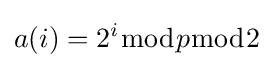
a(i)=2^{i}{\bmod {p}}{\bmod {2}}